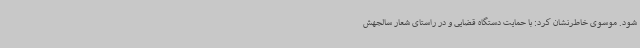
شود. موسوی خاطرنشان کرد: با حمایت دستگاه قضایی و در راستای شعار سالجهش